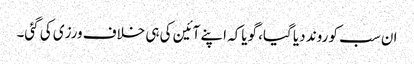
ان سب کو روند دیا گیا، گویاکہ اپنے آئین کی ہی خلاف ورزی کی گئی۔